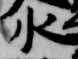
水